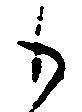
も